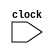
// Incomplete behavioral model of MIPS pipeline

module mipspipe_mp3  (clock);
  // in_out
input clock;

  // Instruction opcodes
parameter LW = 6'b100011, SW = 6'b101011, BEQ=6'b000100, nop = 32'b00000_100000, ALUop=6'b0;

 reg[31:0] PC, Regs[0:31], IMemory[0:1023], DMemory[0:1023], // separate memories
 					                    // instruction and data memories
IFIDIR, IDEXA, IDEXB, IDEXIR, EXMEMIR, EXMEMB, // pipeline registers// pipeline latches
 EXMEMALUOut, MEMWBValue, MEMWBIR; // pipeline registers// pipeline latches


 wire [4:0] IDEXrs, IDEXrt, EXMEMrd, MEMWBrd, MEMWBrt; //hold register fields
 wire [5:0] EXMEMop, MEMWBop, IDEXop; //Hold opcodes
 wire [31:0] Ain, Bin;

// declare the bypass signals// wire stall IS ADDED
 wire stall, bypassAfromMEM, bypassAfromALUinWB,bypassBfromMEM, bypassBfromALUinWB,
 bypassAfromLWinWB, bypassBfromLWinWB;


 // Define fields of pipeline latches
   assign IDEXrs = IDEXIR[25:21]; // rs field
   assign IDEXrt = IDEXIR[20:16]; // rt field
   assign EXMEMrd = EXMEMIR[15:11]; // rd field
   assign MEMWBrd = MEMWBIR[15:11]; // rd field
   assign MEMWBrt = MEMWBIR[20:16]; // rt field -- for loads
   assign EXMEMop = EXMEMIR[31:26]; // opcode
   assign MEMWBop = MEMWBIR[31:26]; // opcode
   assign IDEXop = IDEXIR[31:26]; // opcode
  



 // The bypass to input A from the MEM stage for an ALU operation
 assign bypassAfromMEM = (IDEXrs == EXMEMrd) & (IDEXrs!=0) & (EXMEMop==ALUop); // yes, bypass

 // The bypass to input Bfrom the MEM stage for an ALU operation
 assign bypassBfromMEM = (IDEXrt== EXMEMrd)&(IDEXrt!=0) & (EXMEMop==ALUop); // yes, bypass

 // The bypass to input A from the WB stage for an ALU operation
 assign bypassAfromALUinWB =( IDEXrs == MEMWBrd) & (IDEXrs!=0) & (MEMWBop==ALUop);

 // The bypass to input B from the WB stage for an ALU operation
 assign bypassBfromALUinWB = (IDEXrt==MEMWBrd) & (IDEXrt!=0) & (MEMWBop==ALUop); 
 // The bypass to input A from the WB stage for an LW operation
 assign bypassAfromLWinWB =( IDEXrs ==MEMWBIR[20:16]) & (IDEXrs!=0) & (MEMWBop==LW);
 // The bypass to input B from the WB stage for an LW operation
 assign bypassBfromLWinWB = (IDEXrt==MEMWBIR[20:16]) & (IDEXrt!=0) & (MEMWBop==LW);



 // The A input to the ALU is bypassed from MEM if there is a bypass there,
 // Otherwise from WB if there is a bypass there, and otherwise comes from the IDEX register

 assign Ain = bypassAfromMEM? EXMEMALUOut :
 (bypassAfromALUinWB | bypassAfromLWinWB)? MEMWBValue : IDEXA;
 
// The B input to the ALU is bypassed from MEM if there is a bypass there,
 // Otherwise from WB if there is a bypass there, and otherwise comes from the IDEX register
 assign Bin = bypassBfromMEM? EXMEMALUOut :
 (bypassBfromALUinWB | bypassBfromLWinWB)? MEMWBValue: IDEXB;

// The signal for detecting a stall based on the use of a result from LW
 assign stall = (MEMWBIR[31:26]==LW) && // source instruction is a load
 ((((IDEXop==LW)|(IDEXop==SW)) && (IDEXrs==MEMWBrd)) | // stall for address calc
((IDEXop==ALUop) && ((IDEXrs==MEMWBrd)|(IDEXrt==MEMWBrd)))); // ALU use


  reg [5:0] i;//,j,k; //used to initialize registers
 reg [10:0] j,k; // used to initialize memories
 


 initial begin
 PC = 0;
 IFIDIR=nop; 
 IDEXIR=nop; 
 EXMEMIR=nop;
 MEMWBIR=nop; // put no-ops in pipeline registers

   for (i = 0;i<=31;i = i+1) Regs[i] = i; // initialize latches
  
    IMemory[0] = 32'h00412820;
    IMemory[1] = 32'h8ca30004;
    IMemory[2] = 32'haca70005;
    IMemory[3] = 32'h00602020;
    IMemory[4] = 32'h01093020;
    IMemory[5] = 32'hac06000c;  
    IMemory[6] = 32'h00c05020;
    IMemory[7] = 32'h8c0b0010;
    IMemory[8] = 32'h00000020;  
    IMemory[9] = 32'h002b6020;
    for (j=10; j<=1023; j=j+1) IMemory[j] = nop;
    
    DMemory[0] = 32'h00000000;
    DMemory[1] = 32'hffffffff;
    DMemory[2] = 32'h00000000;
    DMemory[3] = 32'h00000000;
    DMemory[4] = 32'hfffffffe;
    for (k=5; k<=1023; k=k+1) DMemory[k] = 0;
  end

//for (i=0;i<=31;i=i+1) Regs[i] = i; //initialize registers--just so they arent cares
// end

 always @ (posedge clock) 
 begin



	// FETCH: Fetch instruction & update PC
 if (~stall) begin // the first three pipeline stages stall if there is a load hazard

 // first instruction in the pipeline is being fetched
 IFIDIR <= IMemory[PC>>2];
 PC <= PC + 4;


    // DECODE: Read registers
 //IDEXA <= Regs[IFIDIR[25:21]]; 
 //IDEXB <= Regs[IFIDIR[20:16]];
 IDEXIR <= IFIDIR; //pass along IR--come happen anywhere, since this affects next stage only!

 // second instruction is in register fetch
 IDEXA <= Regs[IFIDIR[25:21]]; IDEXB <= Regs[IFIDIR[20:16]]; // get two registers

 // third instruction is doing address calculation or ALU operation
 if ((IDEXop==LW) |(IDEXop==SW)) // address calculation & copy B
 	EXMEMALUOut <= IDEXA +{{16{IDEXIR[15]}}, IDEXIR[15:0]};
 else if (IDEXop==ALUop)
 	case (IDEXIR[5:0]) //case for the various R-type instructions
 	 	32: EXMEMALUOut <= Ain + Bin; //add operation
 		default: ; //other R-type operations: subtract, SLT, etc.
 	endcase
 EXMEMIR <= IDEXIR;
 EXMEMB <= IDEXB; //pass along the IR & B register
 end
 else EXMEMIR <= nop; //Freeze first three stages of pipeline; inject a nop into the EX output

 //Mem stage of pipeline
 if (EXMEMop==ALUop) MEMWBValue <= EXMEMALUOut; //pass along ALU result
 else if (EXMEMop == LW) MEMWBValue <= DMemory[EXMEMALUOut>>2];
 else if (EXMEMop == SW) DMemory[EXMEMALUOut>>2] <=EXMEMB; //store
 
MEMWBIR <= EXMEMIR; //pass along IR

 // the WB stage
 if ((MEMWBop==ALUop) & (MEMWBrd != 0)) // update latches if ALU operation and destination not 0
 Regs[MEMWBrd] <= MEMWBValue; // ALU operation
 else if ((EXMEMop == LW)& (MEMWBrt != 0)) // Update latches if load and destination not 0
 Regs[MEMWBrt] <= MEMWBValue;
 
end

endmodule